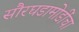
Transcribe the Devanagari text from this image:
सौरघडामोडींचा